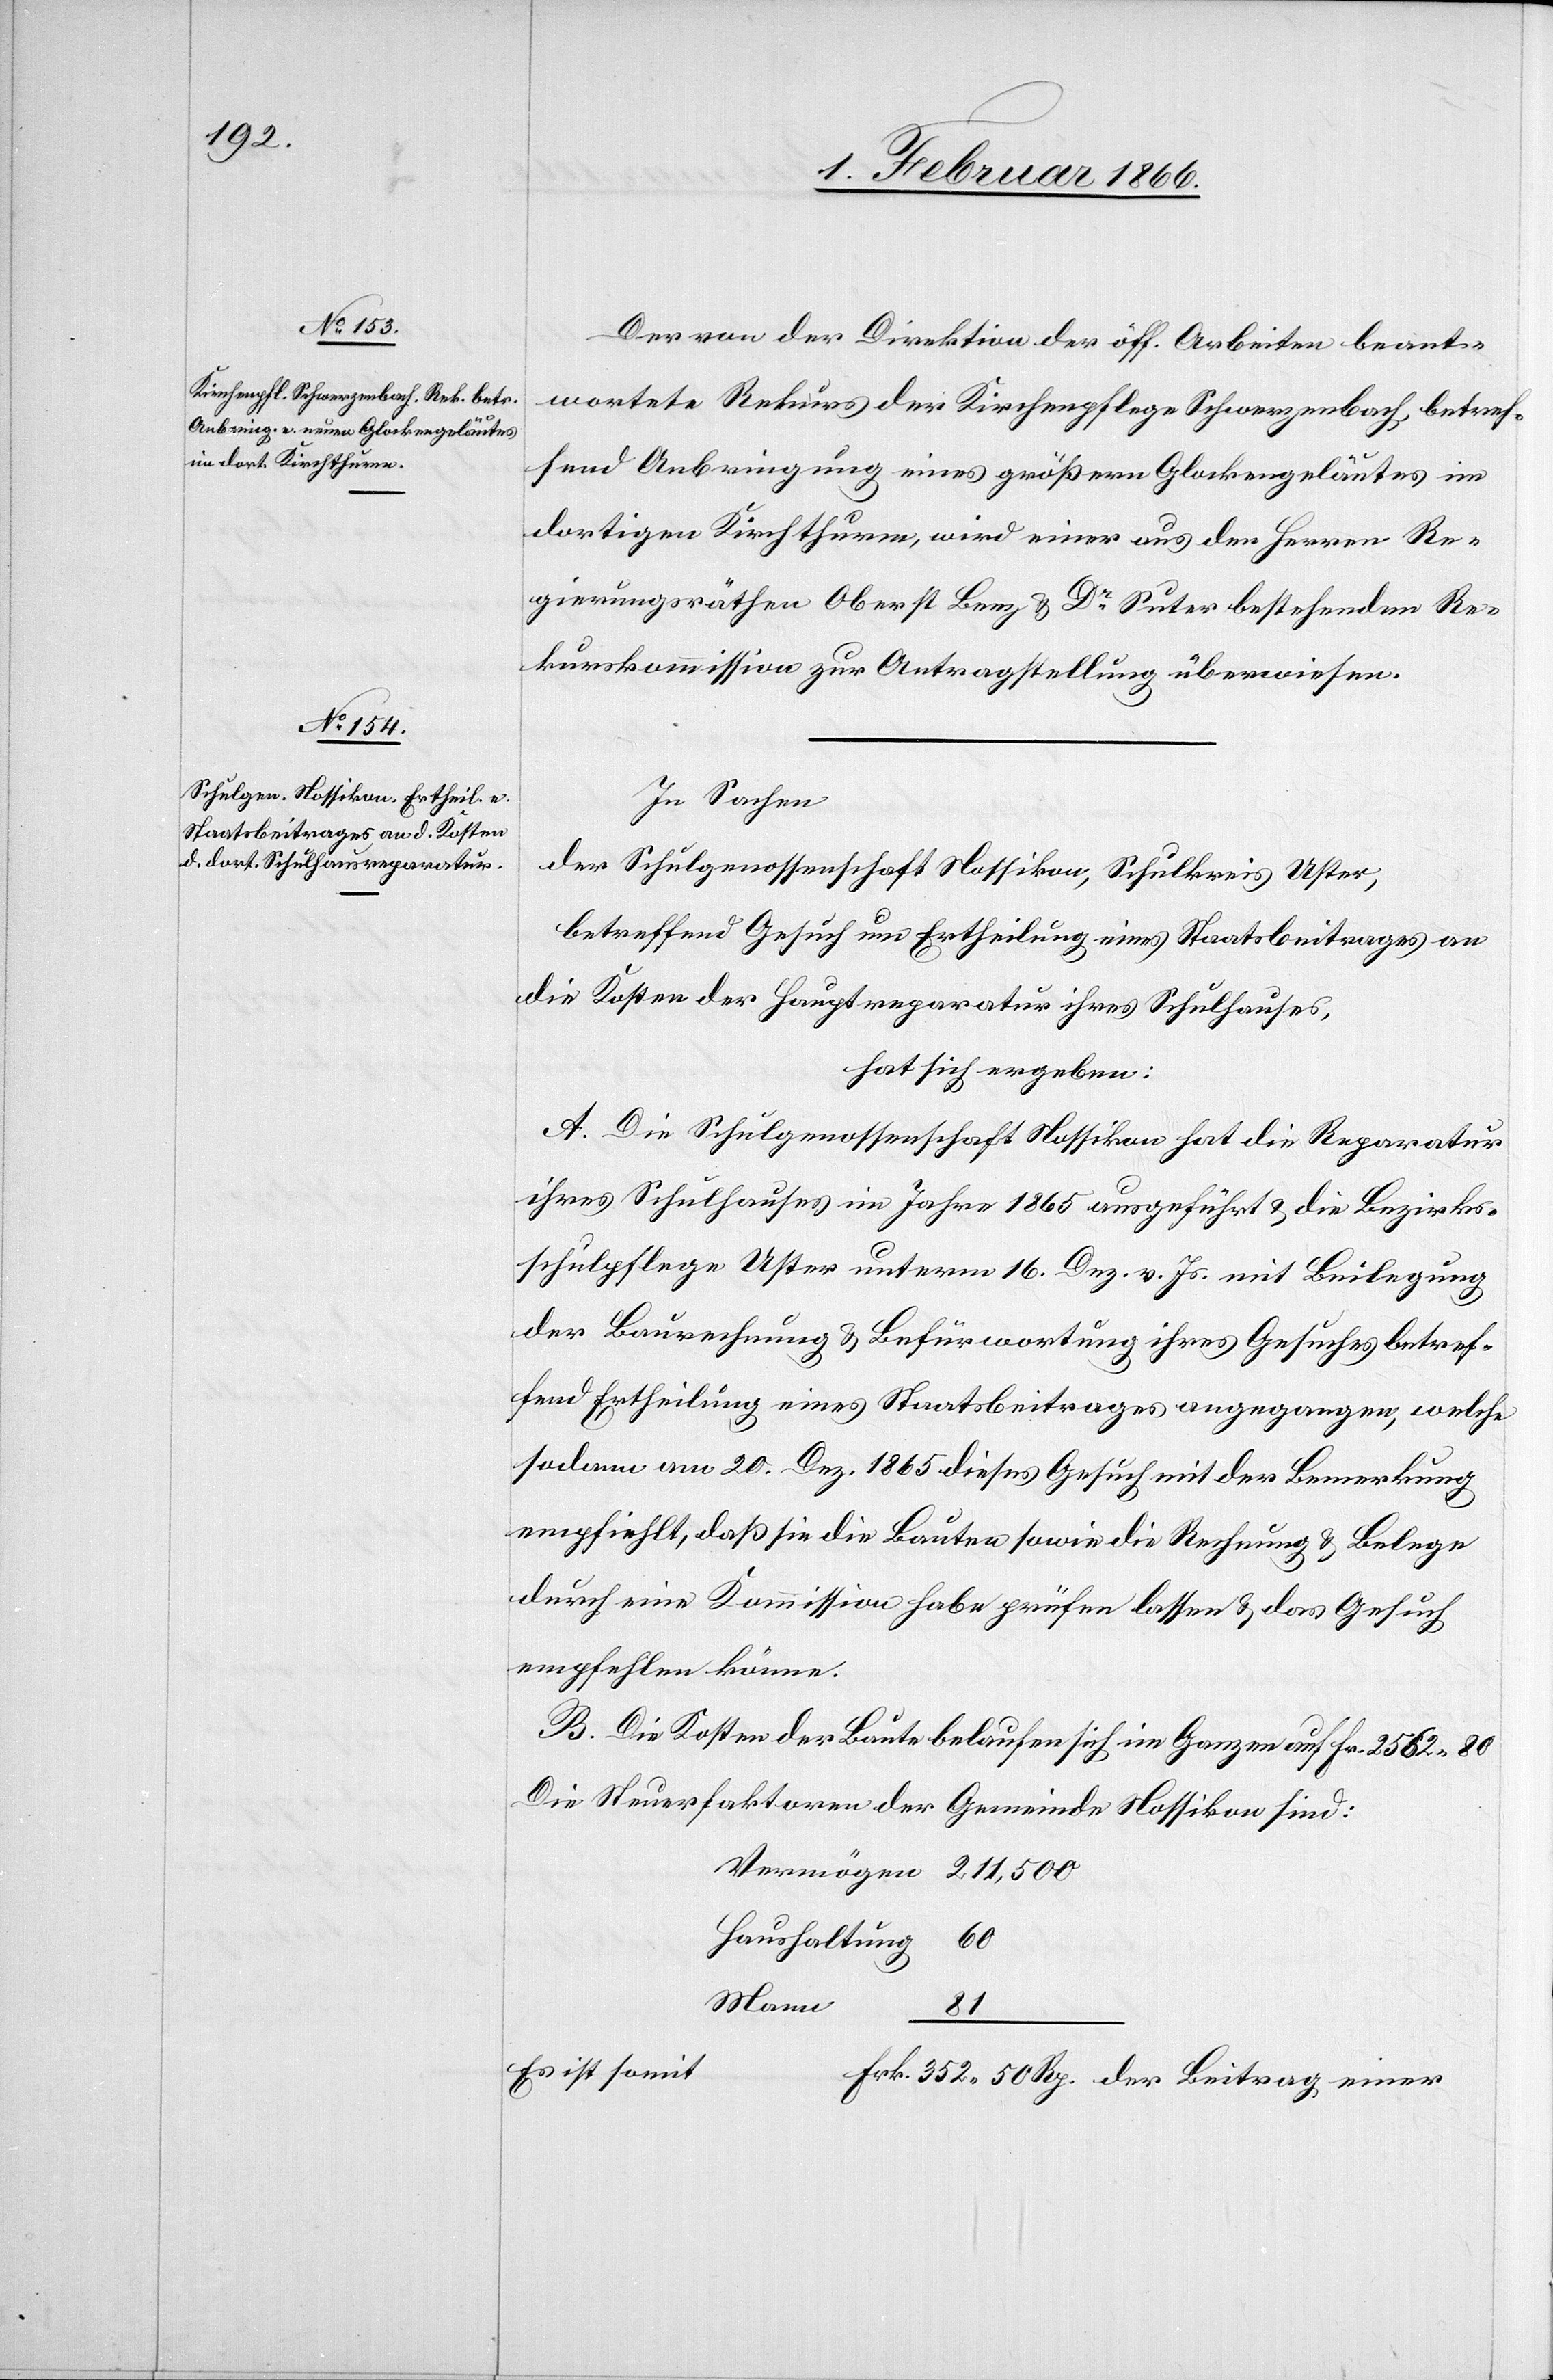
Der von der Direktion der öff. Arbeiten beant¬
wortete Rekurs der Kirchenpflege Schwerzenbach, betref¬
fend Anbringung eines größern Glockengeläutes im
dortigen Kirchthurme, wird einer aus den Herren Re¬
gierungsräthen Oberst Benz u. Dr. Suter bestehenden Re¬
kurskommission zur Antragstellung überwiesen.
In Sachen
der Schulgenossenschaft Nossikon, Schulkreis Uster,
betreffend Gesuch um Ertheilung eines Staatsbeitrages an
die Kosten der Hauptreparatur ihres Schulhauses,
hat sich ergeben:
A. Die Schulgenossenschaft Nossikon hat die Reparatur
ihres Schulhauses im Jahre 1865 ausgeführt u. die Bezirks¬
schulpflege Uster unterm 16. Dez. v. Js. mit Beilegung
der Baurechnung u. Befürwortung ihres Gesuches betref¬
fend Ertheilung eines Staatsbeitrages angegangen, welche
sodann am 20. Dez. 1865 dieses Gesuch mit der Bemerkung
empfiehlt, daß sie die Bauten sowie die Rechnung u. Belege
durch eine Kommission habe prüfen lassen u. das Gesuch
empfehlen könne.
B. Die Kosten der Baute belaufen sich im Ganzen auf Fr. 2562,80
Die Steuerfaktoren der Gemeinde Nossikon sind:
Vermögen	211,500
Haushaltung	 60
81 _
Es ist somi¬
t		Frk. 352,50 Rp. der Beitrag einer